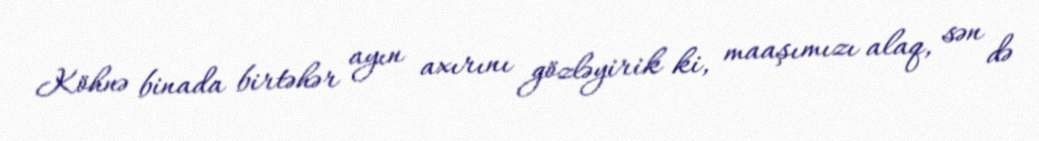
Köhnə binada birtəhər ayın axırını gözləyirik ki, maaşımızı alaq, sən də